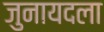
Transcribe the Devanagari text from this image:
जुनायदला